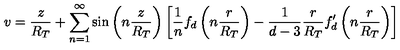
v = \frac { z } { R _ { T } } + \sum _ { n = 1 } ^ { \infty } \sin \left( n \frac { z } { R _ { T } } \right) \left[ \frac { 1 } { n } f _ { d } \left( n \frac { r } { R _ { T } } \right) - \frac { 1 } { d - 3 } \frac { r } { R _ { T } } f _ { d } ^ { \prime } \left( n \frac { r } { R _ { T } } \right) \right]